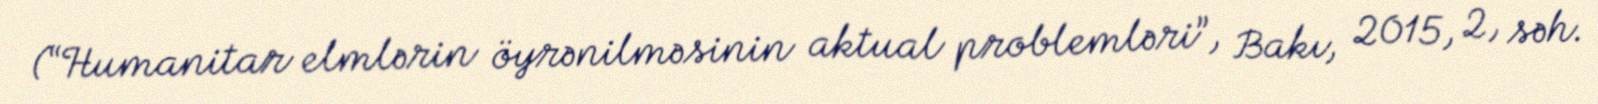
(“Humanitar elmlərin öyrənilməsinin aktual problemləri”, Bakı, 2015, 2, səh.